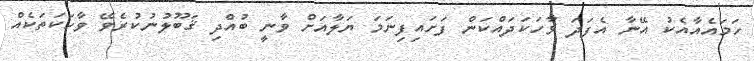
ހަމައެއާއެކު އޭނާ އެފަދަ ވާހަކަދައްކަން ފަށައިފިނަމަ ޔަލާއަށް ވާނީ ބުއްދި ޤަބޫލުނުކުރެވޭ ވާހަކަތަކެއް